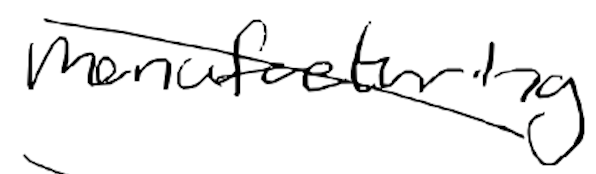
Text: manufacturing
Cross-out: diagonal
Writing tool: digital_black